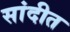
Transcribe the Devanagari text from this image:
सांदीत